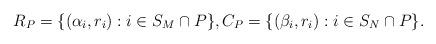
LaTeX: \begin{align*}R_P=\{ (\alpha_i,r_i):i\in S_M\cap P \},C_P=\{(\beta_i,r_i):i\in S_N \cap P\}.\end{align*}